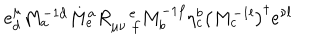
e _ { d } ^ { \mu } M _ { a } ^ { - 1 d } M _ { e } ^ { a } R _ { \mu \nu \, \, f } ^ { \quad e } M _ { b } ^ { - 1 f } \eta _ { c } ^ { b } \left( M _ { c } ^ { - 1 l } \right) ^ { \dagger } e ^ { \nu l }